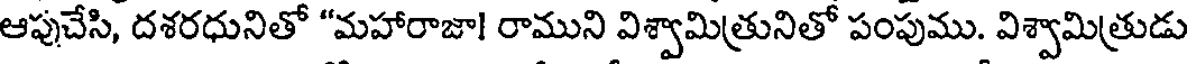
ఆపుచేసి, దశరధునితో "మహారాజా! రాముని విశ్వామిత్రునితో పంపుము. విశ్వామిత్రుడు